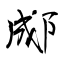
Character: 郕